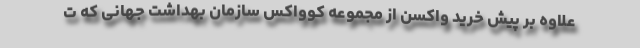
علاوه بر پیش خرید واکسن از مجموعه کوواکس سازمان بهداشت جهانی که ت